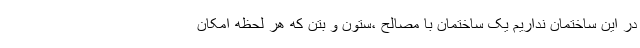
در این ساختمان نداریم یک ساختمان با مصالح ،ستون و بتن که هر لحظه امکان